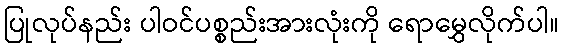
ပြုလုပ်နည်း ပါဝင်ပစ္စည်းအားလုံးကို ရောမွှေလိုက်ပါ။